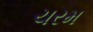
ચરમ